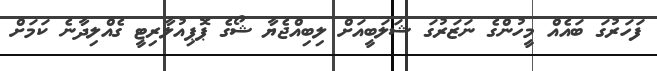
ފަހަރުގަ ބައެއް މީހުންގެ ނަޒަރުގަ ޝަލަބީއަށް ލިބިއްޖެޔާ ޝޯގެ ޕޮޕިއުލާރިޓީ ގެއްލިދާނެ ކަމަށް